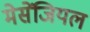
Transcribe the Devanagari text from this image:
मेसेंजियल